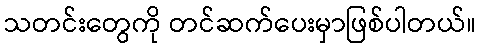
သတင်းတွေကို တင်ဆက်ပေးမှာဖြစ်ပါတယ်။